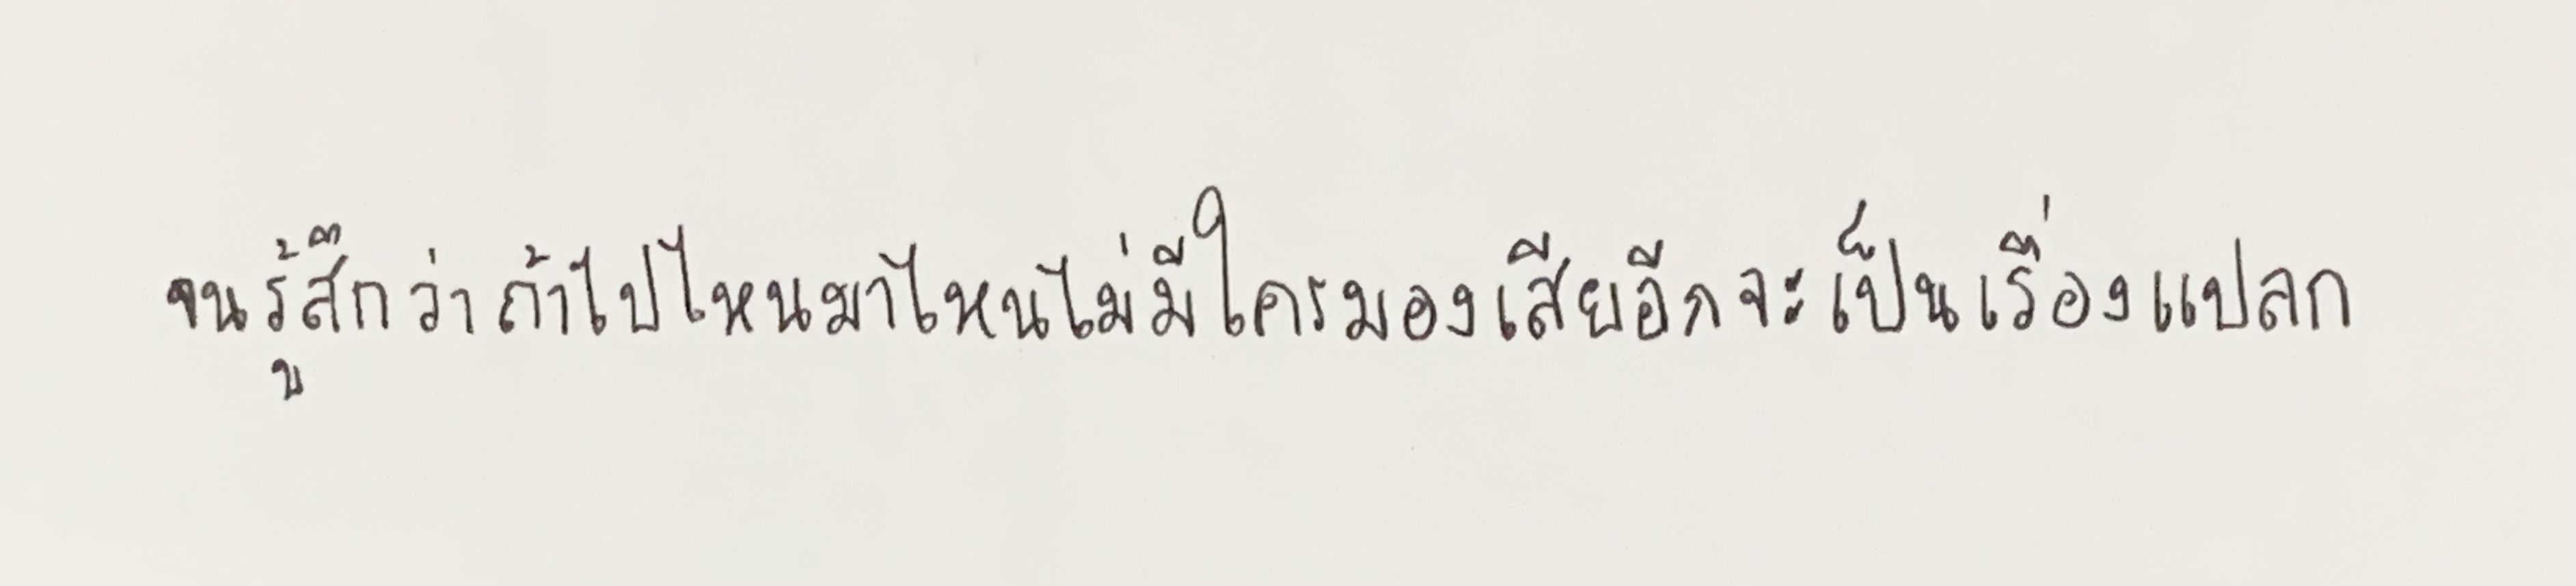
จนรู้สึกว่าถ้าไปไหนมาไหนไม่มีใครมองเสียอีกจะเป็นเรื่องแปลก